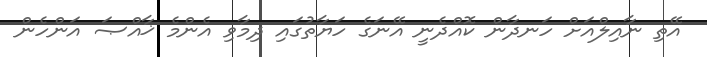
އޭތި ނާއިލްއަށް ހަނދާން ކޮއްދެނީ އޭނަގެ ހަޔާތުގައި ދިމާވި އެންމެ ޚާއްޞަ އަންހެން